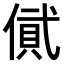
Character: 𠍎